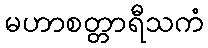
မဟာစတ္တာရီသကံ